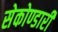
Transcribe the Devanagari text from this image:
सेकोण्डारी